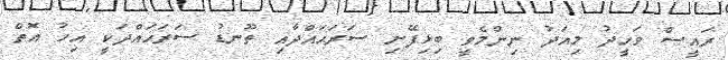
ރައީސް ވަހީދު މިއަދު ނިންމެވީ ބިޅިފޭށި ސަރަޙައްދާއި ތޫނޑު ސަރަޙައްދަކީ އިހު އޮތް